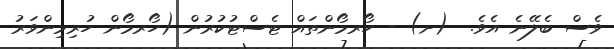
ވެސް ބެލޭނެ އެވެ.  (ށ) - ހޯރމޯންތައް ޓެސްޓުކުރުން (ހޯރމޯން ހުރިމިންވަރު